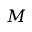
M